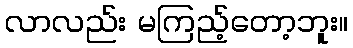
လာလည်း မကြည့်တော့ဘူး။